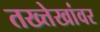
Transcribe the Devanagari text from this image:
तख्त्तेखांवर